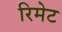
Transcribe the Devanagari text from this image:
रिमेट